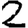
Digit: 2